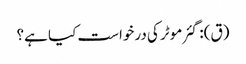
(ق): گئر موٹر کی درخواست کیا ہے؟